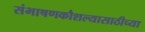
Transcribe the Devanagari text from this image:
संभाषणकौशल्यासाठीच्या